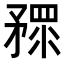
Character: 𥎅